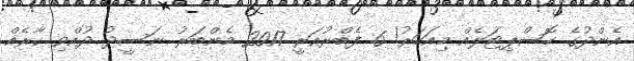
އެންދުގެ ހޮސްޕިޓަލެއް މިއަހަރު! 6 ފެބްރުއަރީ 2017 މެންބަރު ނަސީދު ދުއްވި ކާރެއް